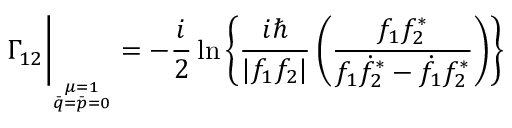
\Gamma _ { 1 2 } \bigg \vert _ { _ { \stackrel { \mu = 1 } { \bar { q } = \bar { p } = 0 } } } = - { \frac { i } { 2 } } \ln \left\{ { \frac { i \hbar } { | f _ { 1 } f _ { 2 } | } } \left( { \frac { f _ { 1 } f _ { 2 } ^ { * } } { f _ { 1 } \dot { f } _ { 2 } ^ { * } - \dot { f } _ { 1 } f _ { 2 } ^ { * } } } \right) \right\}